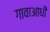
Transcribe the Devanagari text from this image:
गावाआधी